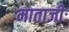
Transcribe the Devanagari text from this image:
माताजीः